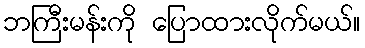
ဘကြီးမန်းကို ပြောထားလိုက်မယ်။